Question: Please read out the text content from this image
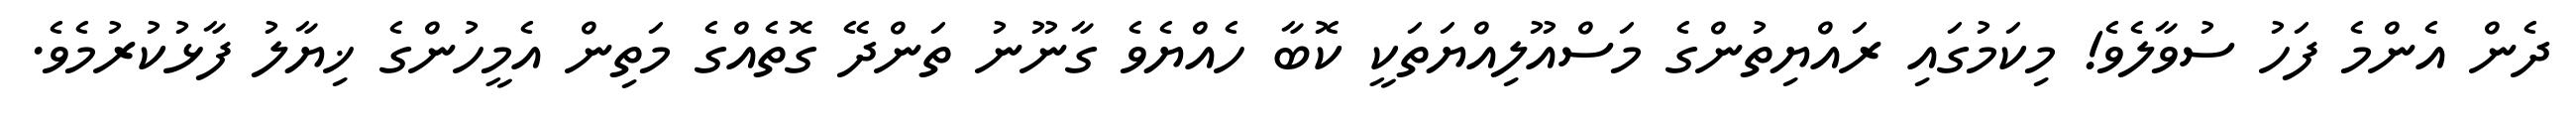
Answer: ދެން އެންމެ ފަހު ސުވާލެވެ! މިކަމުގައި ރައްޔިތުންގެ މަސްއޫލިއްޔަތަކީ ކޮބާ ހެއްޔެވެ ގާނޫނު ތަންދޭ ގޮތެއްގެ މަތިން އެމީހުންގެ ޚިޔާލު ފާޅުކުރުމެވެ.